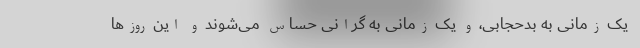
یک زمانی به بدحجابی، و یک زمانی به گرانی حساس می‌شوند و این روزها